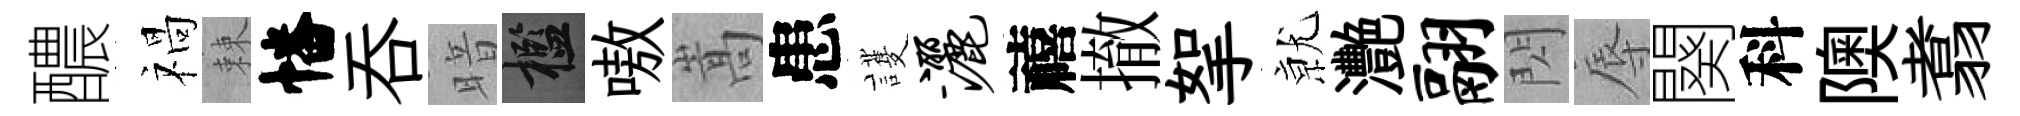
醲禍棘幡呑暗檻嗷嵩患護洒禧撤挐𭕒灧翮閃辱闋科隩翥